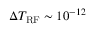
\Delta T _ { \mathrm { R F } } \sim 1 0 ^ { - 1 2 }